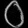
Digit: ၀